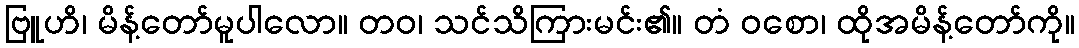
ဗြူဟိ၊ မိန့်တော်မူပါလော။ တဝ၊ သင်သိကြားမင်း၏။ တံ ဝစော၊ ထိုအမိန့်တော်ကို။